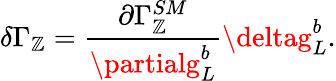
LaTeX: \delta\Gamma_{\mathbb{Z}}={\frac{{\partial\Gamma_{\mathbb{Z}}^{SM}}}{{\partialg_{L}^{b}}}}\deltag_{L}^{b}.